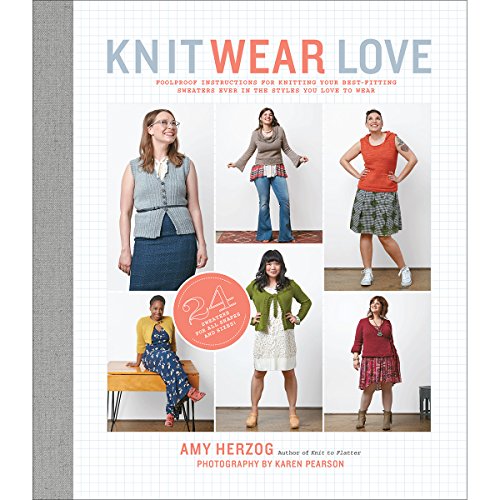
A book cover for Knit Wear Love: Foolproof Instructions for Knitting Your Best-Fitting Sweaters Ever in the Styles You Love to Wear; Amy Herzog; Crafts, Hobbies & Home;